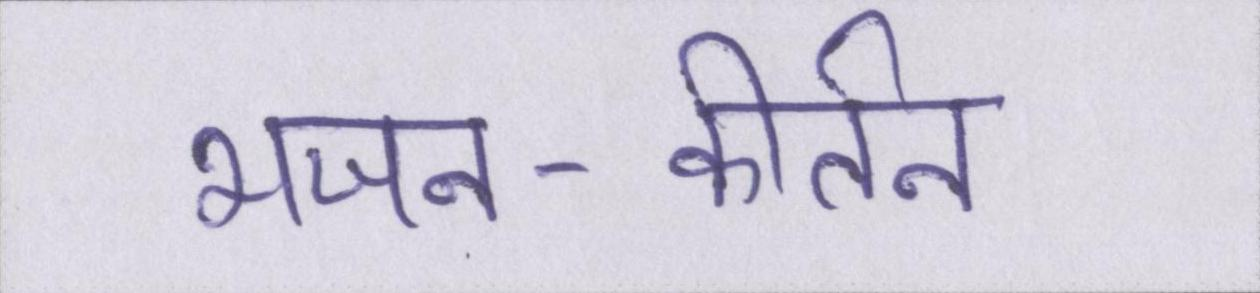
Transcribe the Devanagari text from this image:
भजन-कीर्तन